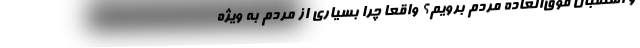
و استقبال فوق‌العاده مردم برویم؟ واقعا چرا بسیاری از مردم به ویژه